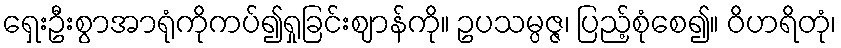
ရှေးဦးစွာအာရုံကိုကပ်၍ရှုခြင်းဈာန်ကို။ ဥပသမ္ပဇ္ဇ၊ ပြည့်စုံစေ၍။ ဝိဟရိတုံ၊